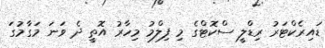
ޑައިރެކްޓަރު ރިޑްލީ ސްކޮޓްގެ މި ފިލްމު މިހާރު އޮތީ ދެ ވަނަ މަގާމުގަ